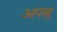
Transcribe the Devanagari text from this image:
अपबु